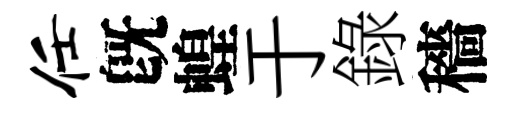
任旣蝗于錄穡